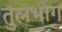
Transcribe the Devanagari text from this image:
तुलभोग